Indian journal of veterinary science and animal husbandry - Volume 3,
Year: 1933
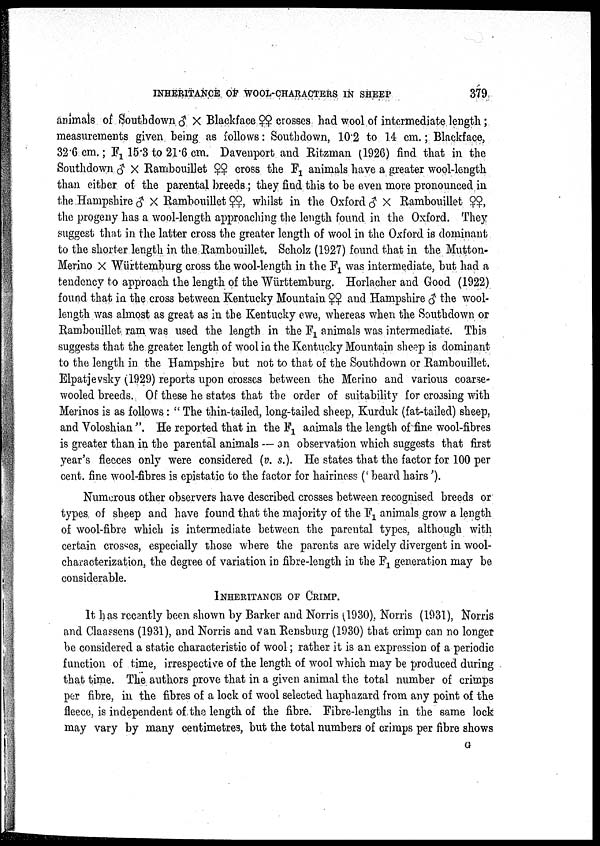
INHERITANCE OF WOOL-CHARACTERS IN SHEEP
379
animals of Southdown ♂ × Blackface ♀♀ crosses had wool of intermediate length;
measurements given being as follows: Southdown, 10.2 to 14 cm.; Blackface,
32.6 cm.; F 1 15.3 to 21.6 cm. Davenport and Ritzman (1926) find that in the
Southdown ♂ × Rambouillet ♀♀ cross the F 1 animals have a greater wool-length
than either of the parental breeds.; they find this to be even more pronounced in
the Hampshire ♂ × Rambouillet ♀♀, whilst in the Oxford ♂ × Rambouillet ♀♀,
the progeny has a wool-length approaching the length found in the Oxford. They
suggest that in the latter cross the greater length of wool in the Oxford is dominant
to the shorter length in the Rambouillet. Scholz (1927) found that in the Mutton-
Merino × Württemburg cross the wool-length in the F 1 was intermediate, but had a
tendency to approach the length of the Württemburg. Horlacher and Good (1922)
found that in the cross between Kentucky Mountain ♀♀ and Hampshire ♂ the wool-
length was almost as great as in the Kentucky ewe, whereas when the Southdown or
Rambouillet ram was used the length in the F 1 animals was intermediate. This
suggests that the greater length of wool in the Kentucky Mountain sheep is dominant
to the length in the Hampshire but not to that of the Southdown or Rambouillet.
Elpatjevsky (1929) reports upon crosses between the Merino and various coarse-
wooled breeds. Of these he states that the order of suitability for crossing with
Merinos is as follows: " The thin-tailed, long-tailed sheep, Kurduk (fat-tailed) sheep,
and Voloshian ". He reported that in the F 1 animals the length of fine wool-fibres
is greater than in the parental animals — an observation which suggests that first
year's fleeces only were considered (v. s.). He states that the factor for 100 per
cent. fine wool-fibres is epistatic to the factor for hairiness (' beard hairs').
Numerous other observers have described crosses between recognised breeds or
types of sheep and have found that the majority of the F 1 animals grow a length
of wool-fibre which is intermediate between the parental types, although with
certain crosses, especially those where the parents are widely divergent in wool-
characterization, the degree of variation in fibre-length in the F 1 generation may be
considerable.
INHERITANCE OF CRIMP.
It has recently been shown by Barker and Norris (1930), Norris (1931), Norris
and Claassens (1931), and Norris and van Rensburg (1930) that crimp can no longer
be considered a static characteristic of wool; rather it is an expression of a periodic
function of time, irrespective of the length of wool which may be produced during
that time. The authors prove that in a given animal the total number of crimps
per fibre, in the fibres of a lock of wool selected haphazard from any point of the
fleece, is independent of the length of the fibre. Fibre-lengths in the same lock
may vary by many centimetres, but the total numbers of crimps per fibre shows
G